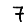
Digit: 7